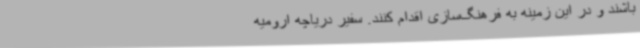
باشند و در این زمینه به فرهنگ‌سازی اقدام کنند. سفیر دریاچه ارومیه